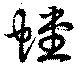
螳